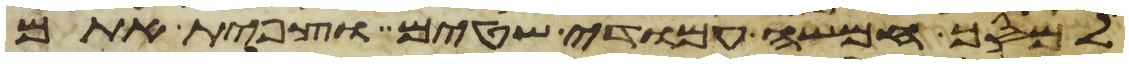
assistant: למסך חמשה עמודי שטים וצפית אתם